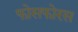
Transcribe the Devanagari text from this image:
फोसफोरस